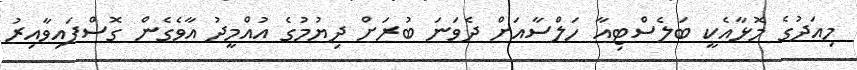
މިއަދުގެ މޮޅާއެކީ ބަލެސްޓިއާ ހަލްސާއަށް ދެވަނަ ބުރަށް ދިޔުމުގެ އުއްމީދު އާވެގެން ގޮސްފައިވާއިރު